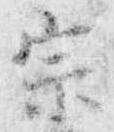
宗